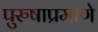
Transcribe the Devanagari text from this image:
पुरुषाप्रमाणे